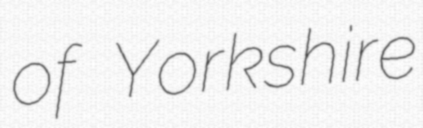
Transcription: of Yorkshire